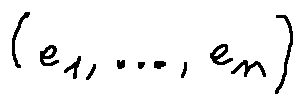
( e _ { 1 } , \ldots , e _ { n } )